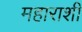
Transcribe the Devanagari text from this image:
महाराशी